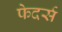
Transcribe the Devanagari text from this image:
फेदर्स